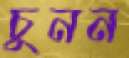
চুনন